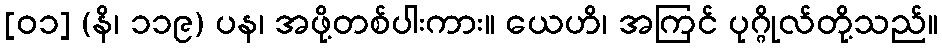
[၀၁] (နိ၊ ၁၁၉) ပန၊ အဖို့တစ်ပါးကား။ ယေဟိ၊ အကြင် ပုဂ္ဂိုလ်တို့သည်။